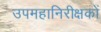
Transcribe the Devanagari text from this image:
उपमहानिरीक्षकों